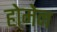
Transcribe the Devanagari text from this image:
होमेन